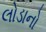
લોડાનો